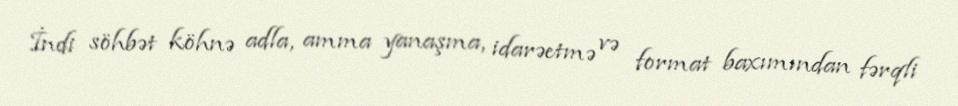
İndi söhbət köhnə adla, amma yanaşma, idarəetmə və format baxımından fərqli